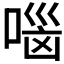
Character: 𰈐